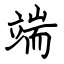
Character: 端